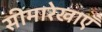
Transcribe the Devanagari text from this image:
सीमारेखाएँ